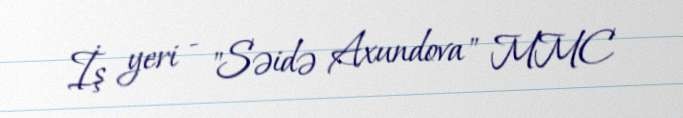
İş yeri - "Səidə Axundova" MMC